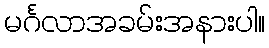
မင်္ဂလာအခမ်းအနားပါ။